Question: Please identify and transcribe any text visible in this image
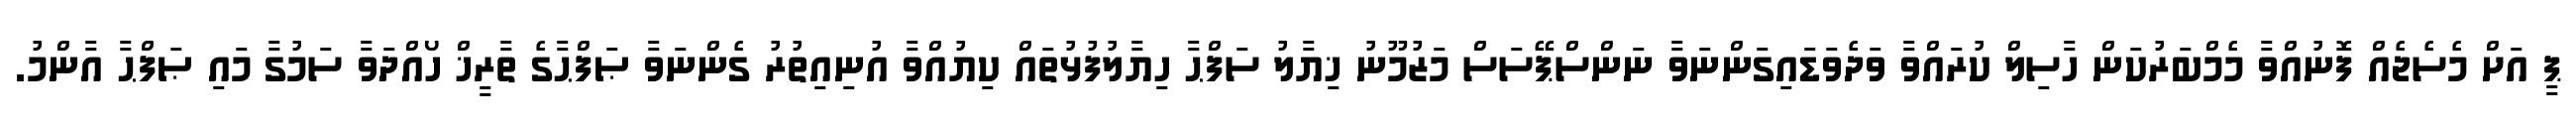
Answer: ޕީ އަށް މެސެޖެއް ފޮނުއްވާ މެމްބަރުކަން ހާސިލް ކުރައްވާ ވަދެވަޑައިގަންނަވާ ނަންސްޕޭސަސް މަޒުމޫނު ޚިޔާލު ސަފްޙާ ހިޔާލުފުޅުތައް ކިޔުއްވާ އުނިއިތުރު ގެންނަވާ ޞަފްޙާގެ ތާރީޚް ހޯއްދަވާ ސަމުގާ މައި ޞަފްޙާ އާންމު.